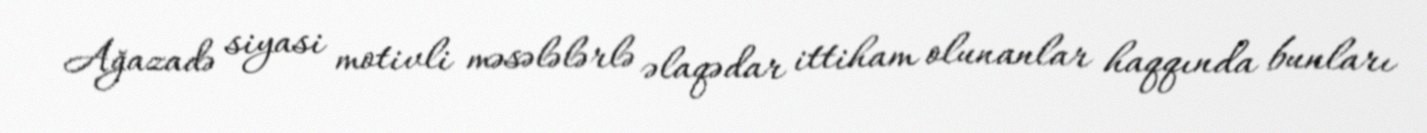
Ağazadə siyasi motivli məsələlərlə əlaqədar ittiham olunanlar haqqında bunları